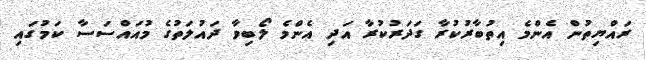
ރައްޔިތުން އެންމެ އިތުބާރުކުރާ ގަދަރުކުރާ އަދި އެންމެ ލޯބިވާ ދައުލަތުގެ މުއައްސަސާ ކަމުގައި